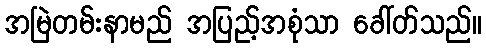
အမြဲတမ်းနာမည် အပြည့်အစုံသာ ခေါ်တ်သည်။